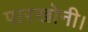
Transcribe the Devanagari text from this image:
पारखोनी।